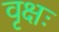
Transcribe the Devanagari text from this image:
वृक्षः